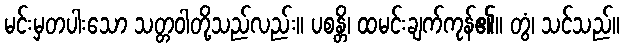
မင်းမှတပါးသော သတ္တဝါတို့သည်လည်း။ ပစန္တိ၊ ထမင်းချက်ကုန်၏။ တွံ၊ သင်သည်။